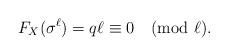
LaTeX: \begin{align*}F_X(\sigma^{\ell}) = q\ell \equiv 0 \pmod{\ell}. \end{align*}